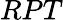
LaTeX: RPT